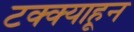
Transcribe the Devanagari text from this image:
टक्‍क्‍याहून